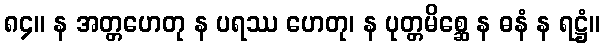
၈၄။ န အတ္တဟေတု န ပရဿ ဟေတု၊ န ပုတ္တမိစ္ဆေ န ဓနံ န ရဋ္ဌံ။